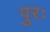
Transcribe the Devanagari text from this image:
पुरः